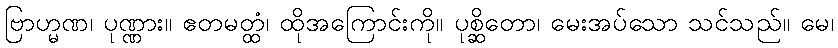
ဗြာဟ္မဏ၊ ပုဏ္ဏား။ ဧတမတ္ထံ၊ ထိုအကြောင်းကို။ ပုစ္ဆိတော၊ မေးအပ်သော သင်သည်။ မေ၊